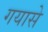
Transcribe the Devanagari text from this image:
गयासे